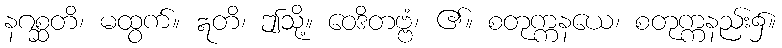
နဂစ္ဆတိ၊ မထွက်။ ဣတိ၊ ဤသို့။ ဝေဒိတဗ္ဗံ၊ ၏။ စတုက္ကနယေ၊ စတုက္ကနည်း၌။